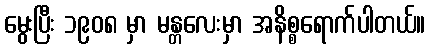
မွေးပြီး ၁၉၀၈ မှာ မန္တလေးမှာ အနိစ္စရောက်ပါတယ်။